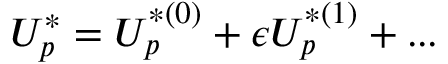
U _ { p } ^ { * } = U _ { p } ^ { * ( 0 ) } + \epsilon U _ { p } ^ { * ( 1 ) } + . . .